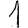
Digit: 1